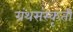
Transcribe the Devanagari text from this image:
ग्रंथसंस्कृती